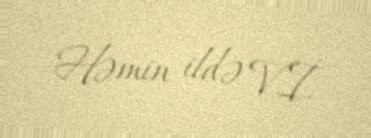
Həmin ildə V.İ.